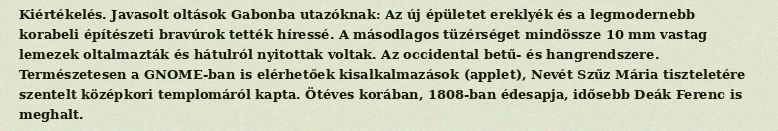
Kiértékelés. Javasolt oltások Gabonba utazóknak: Az új épületet ereklyék és a legmodernebb korabeli építészeti bravúrok tették híressé. A másodlagos tüzérséget mindössze 10 mm vastag lemezek oltalmazták és hátulról nyitottak voltak. Az occidental betű- és hangrendszere. Természetesen a GNOME-ban is elérhetőek kisalkalmazások (applet), Nevét Szűz Mária tiszteletére szentelt középkori templomáról kapta. Ötéves korában, 1808-ban édesapja, idősebb Deák Ferenc is meghalt.